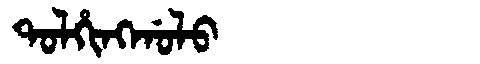
Manchu: ᡨᠣᠯᡥᡳᠩᡤᠣᠯᠣ
Romanization: TOLHINGGOLO